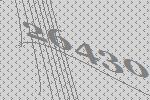
26430